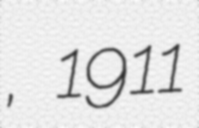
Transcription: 李旭旦, 1911